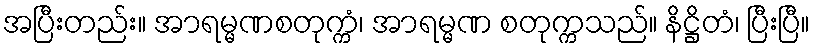
အပြီးတည်း။ အာရမ္မဏစတုက္ကံ၊ အာရမ္မဏ စတုက္ကသည်။ နိဋ္ဌိတံ၊ ပြီးပြီ။